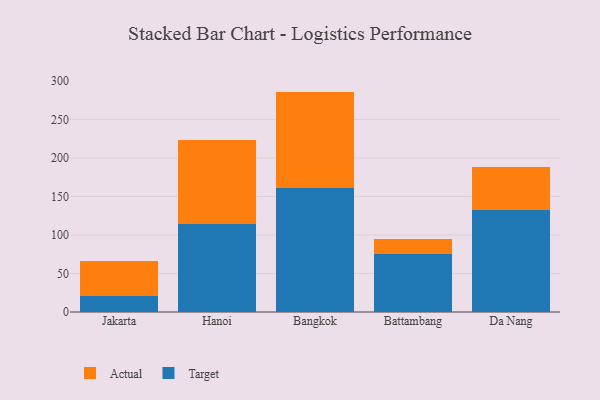
{"axis": {"x": "City", "y": "Net Income (USD K)"}, "legend": ["Actual", "Target"], "data": [{"x": "Jakarta", "y": 20.2, "type": "Target"}, {"x": "Jakarta", "y": 45.7, "type": "Actual"}, {"x": "Hanoi", "y": 114.8, "type": "Target"}, {"x": "Hanoi", "y": 108.1, "type": "Actual"}, {"x": "Bangkok", "y": 160.6, "type": "Target"}, {"x": "Bangkok", "y": 125.6, "type": "Actual"}, {"x": "Battambang", "y": 74.8, "type": "Target"}, {"x": "Battambang", "y": 19.4, "type": "Actual"}, {"x": "Da Nang", "y": 133.1, "type": "Target"}, {"x": "Da Nang", "y": 54.6, "type": "Actual"}]}